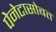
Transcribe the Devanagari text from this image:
पेनेटासोबत